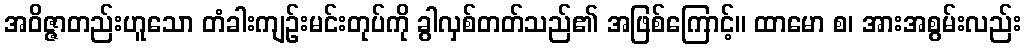
အဝိဇ္ဇာတည်းဟူသော တံခါးကျဉ်းမင်းတုပ်ကို ခွါလှစ်တတ်သည်၏ အဖြစ်ကြောင့်။ ထာမော စ၊ အားအစွမ်းလည်း